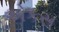
એકસ